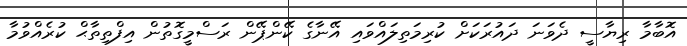
އޮބާމާ ރިޔާސީ ދެވަނަ ދައުރަކަށް ކުރިމަތިލައްވައި އޭނާގެ ކޭންޕޭން ރަސްމީގޮތުން އިފްތިތާޙް ކުރެއްވުމާ